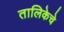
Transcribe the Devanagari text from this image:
तालिकेचे